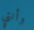
وأنتي